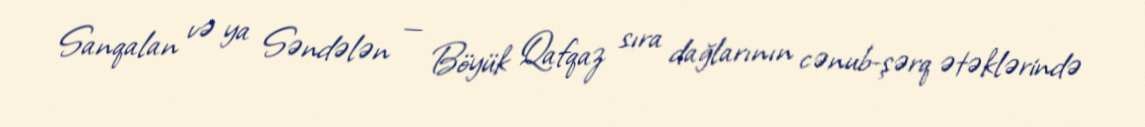
Sanqalan və ya Səndələn — Böyük Qafqaz sıra dağlarının cənub-şərq ətəklərində